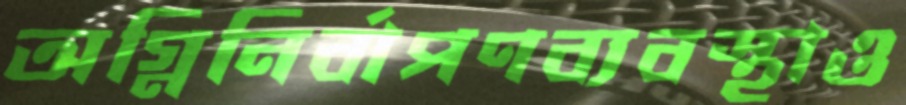
অগ্নিনির্বাপণব্যবস্থাও